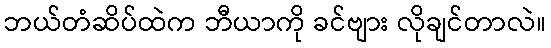
ဘယ်တံဆိပ်ထဲက ဘီယာကို ခင်ဗျား လိုချင်တာလဲ။